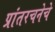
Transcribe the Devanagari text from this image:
प्रांतरचनेचे